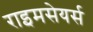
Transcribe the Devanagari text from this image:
राइमसेयर्स